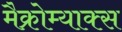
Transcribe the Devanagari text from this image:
मैक्रोम्याक्स